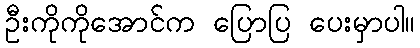
ဦးကိုကိုအောင်က ပြောပြ ပေးမှာပါ။